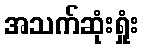
အသက်ဆုံးရှုံး